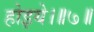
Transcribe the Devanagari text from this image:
होइये।॥७॥